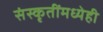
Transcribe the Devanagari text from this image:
संस्कृतींमध्येही